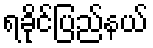
ရခိုင်ပြည်နယ်